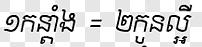
១កន្ដាំង = ២កូនល្អី